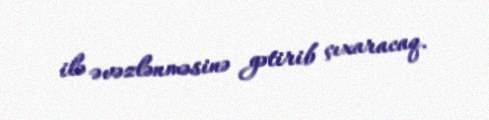
ilə əvəzlənməsinə gətirib çıxaracaq.